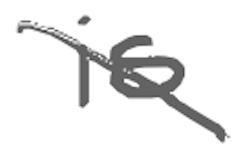
Text: is
Cross-out: diagonal
Writing tool: digital_gray